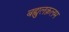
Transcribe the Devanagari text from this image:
बह्युलक़लम